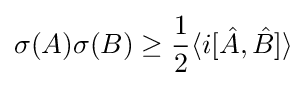
\sigma (A)\sigma (B)\geq {\frac {1}{2}}\langle i[{\hat {A}},{\hat {B}}]\rangle